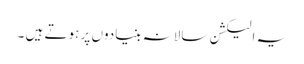
یہ الیکشن سالانہ بنیادوں پر ہوتے ہیں ۔